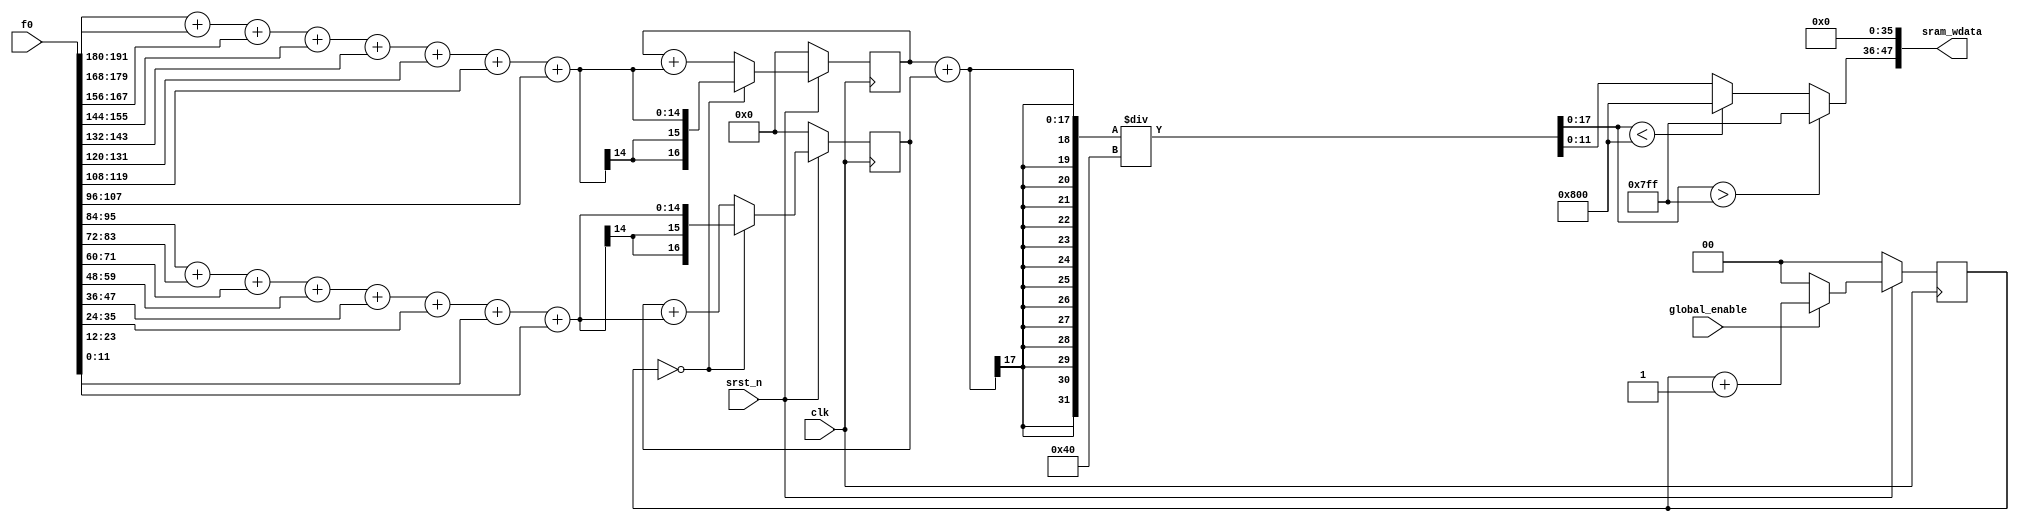
module globalave #(
parameter CH_NUM = 1,  //channel number
parameter ACT_PER_ADDR = 4, //how many pixel
parameter BW_PER_ACT = 12, //bit per pixel
parameter WEIGHT_PER_ADDR = 9, //how many weight per address
parameter BIAS_PER_ADDR = 1,
parameter BW_PER_PARAM = 8, //weight and bias bit numbers
parameter  CONV3_BW = BW_PER_ACT+BW_PER_PARAM+3
) (
input [4*ACT_PER_ADDR*BW_PER_ACT-1:0]f0,//4*4*12
input clk,
input srst_n,
input global_enable,
output [ACT_PER_ADDR*BW_PER_ACT-1:0]sram_wdata
);
//input average pooling has width 8*8 four address
reg [1:0]counter,next_counter;

always @*begin
  if(global_enable)
    next_counter = counter + 1;
  else
    next_counter = 0;
end

always @(posedge clk)begin
  if(~srst_n)
    counter <= 0;
  else
    counter <= next_counter;
end

reg signed[17-1:0]add_0,add_1;    //4*4 sums up first two row and repeat 4 times total extral bits 2
reg signed[17-1:0]temp_add_0,temp_add_1; //4*4 third and fourth row and repeat 4 times total extral bits 2
reg signed[15-1:0]sum_0,sum_1; //first two rows sums up,third and fourth rows sums up extral bit 3
reg signed[18-1:0]out;

always @(posedge clk)begin
  if(~srst_n)begin
    add_0 <= 0;
    add_1 <= 0;
  end
  else begin
    add_0 <= temp_add_0;
    add_1 <= temp_add_1;
  end
end

always @*begin
  if(counter == 2'd0)begin
    temp_add_0 = sum_0;
    temp_add_1 = sum_1;
  end
  else begin
    temp_add_0 = add_0 + sum_0;
    temp_add_1 = add_1 + sum_1;
  end
end
//first two rows sums up,third and fourth rows sums up
always @*begin
  sum_0 = f0[191:180] + f0[179:168] + f0[167:156] + f0[155:144] + f0[143:132] + f0[131:120] + f0[119:108] + f0[107:96];
  sum_1 = f0[95:84] + f0[83:72] + f0[71:60] + f0[59:48] + f0[47:36] + f0[35:24] + f0[23:12] + f0[11:0];
end

always @*begin
  out = (add_0 + add_1)/64;
end
reg signed[11:0]result;

always @*begin
  if(out > 2047)
    result = 2047;
  else if(out < -2048)
    result = -2048;
  else
    result = out[11:0];
end

assign sram_wdata = {result,36'd0};

endmodule


/*
191 180
179 168
167 156
155 144
143 132
131 120
119 108
107 96
95  84
83  72
71  60
59  48
47  36
35  24
23  12
11  0
*/